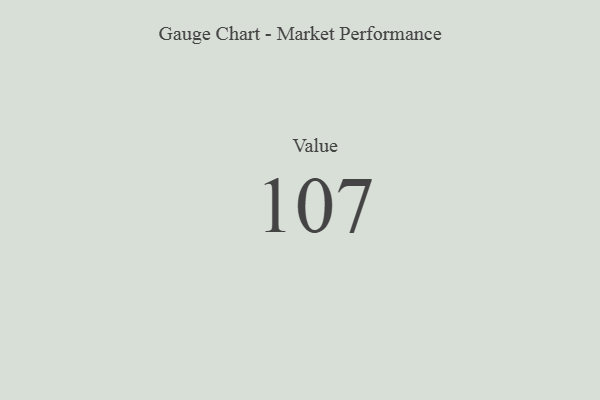
{"axis": {"x": "Metric", "y": "Value"}, "legend": [""], "data": [{"x": "Value", "y": 107, "type": ""}]}